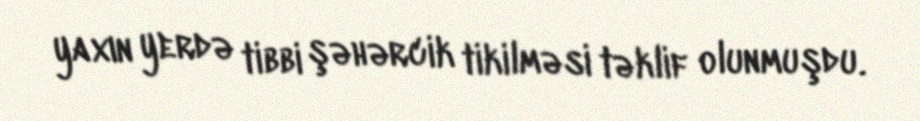
yaxın yerdə tibbi şəhərcik tikilməsi təklif olunmuşdu.